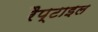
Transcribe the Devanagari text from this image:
रैप्टाइल